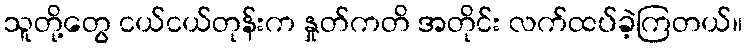
သူတို့တွေ ငယ်ငယ်တုန်းက နှုတ်ကတိ အတိုင်း လက်ထပ်ခဲ့ကြတယ်။